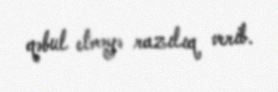
qəbul etməyə razılıq verib.